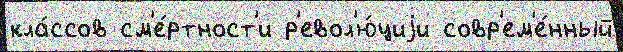
кла́ссов см'е́ртност'и р'евол'ю́циjи совр'ем'е́нный